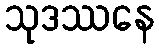
သုဒဿနေ